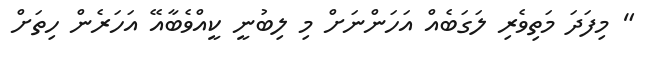
" މިފަދަ މަތިވެރި ލަގަބެއް އަހަންނަށް މި ލިބުނީ ކީއްވެބާއޭ އަހަރެން ހިތަށް